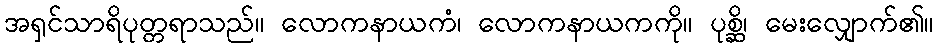
အရှင်သာရိပုတ္တရာသည်။ လောကနာယကံ၊ လောကနာယကကို။ ပုစ္ဆိ၊ မေးလျှောက်၏။